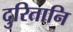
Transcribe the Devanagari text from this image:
दुरितानि